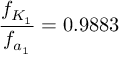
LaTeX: \frac { f _ { K _ { 1 } } } { f _ { a _ { 1 } } } = 0 . 9 8 8 3